Indian journal of veterinary science and animal husbandry - Volume 5,
Year: 1935
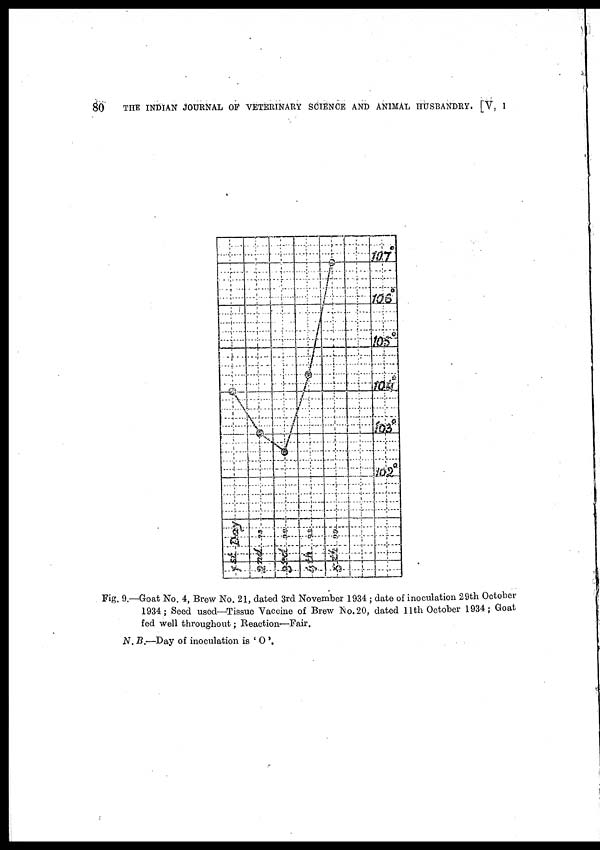
80
THE INDIAN JOURNAL OF VETERINARY SCIENCE AND ANIMAL HUSBANDRY. [V, I
Fig. 9.—Goat No. 4, Brew No. 21, dated 3rd November 1934 ; date of inoculation 29th October
1934 ; Seed used—Tissue Vaccine of Brew No. 20, dated 11th October 1934 ; Goat
fed well throughout; Reaction—Fair.
N. B.—Day of inoculation is ' O '.